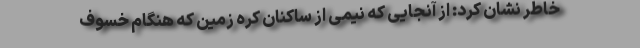
خاطر نشان کرد: از آنجایی که نیمی از ساکنان کره زمین که هنگام خسوف